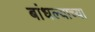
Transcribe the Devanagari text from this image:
बांधल्याच्या